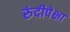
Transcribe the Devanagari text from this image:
रुंदीपेक्षा